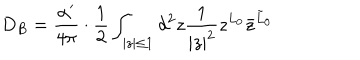
D _ { B } = { \frac { \alpha ^ { \prime } } { 4 \pi } } \cdot { \frac { 1 } { 2 } } \int _ { | z | \le 1 } d ^ { 2 } z { \frac { 1 } { | z | ^ { 2 } } } z ^ { L _ { 0 } } { \bar { z } } ^ { { \tilde { L } } _ { 0 } }